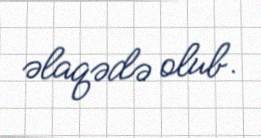
əlaqədə olub.